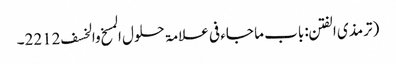
(ترمذی الفتن: باب ما جاء فی علامۃ حلول المسخ والخسف 2212۔